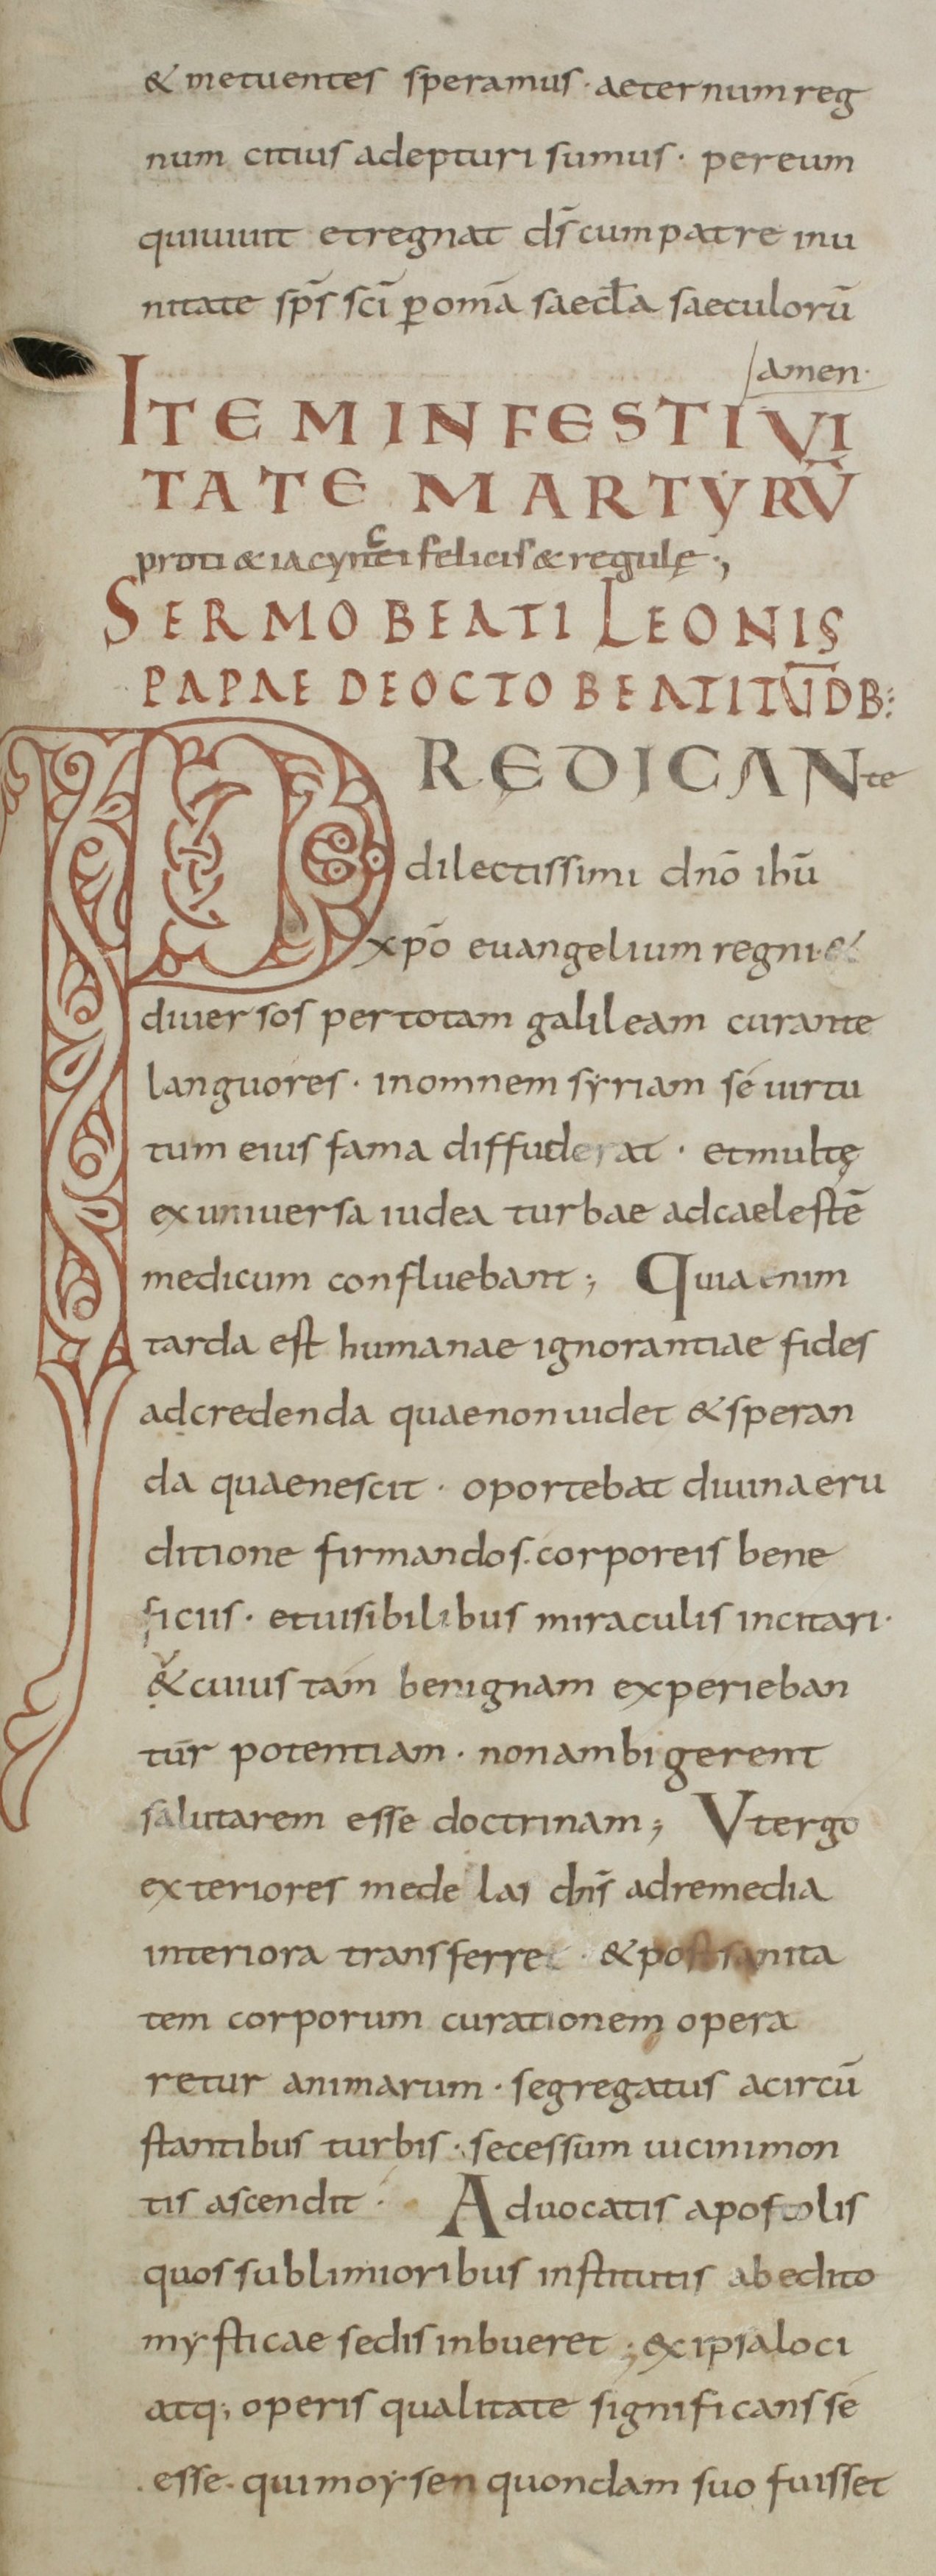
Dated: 800–899